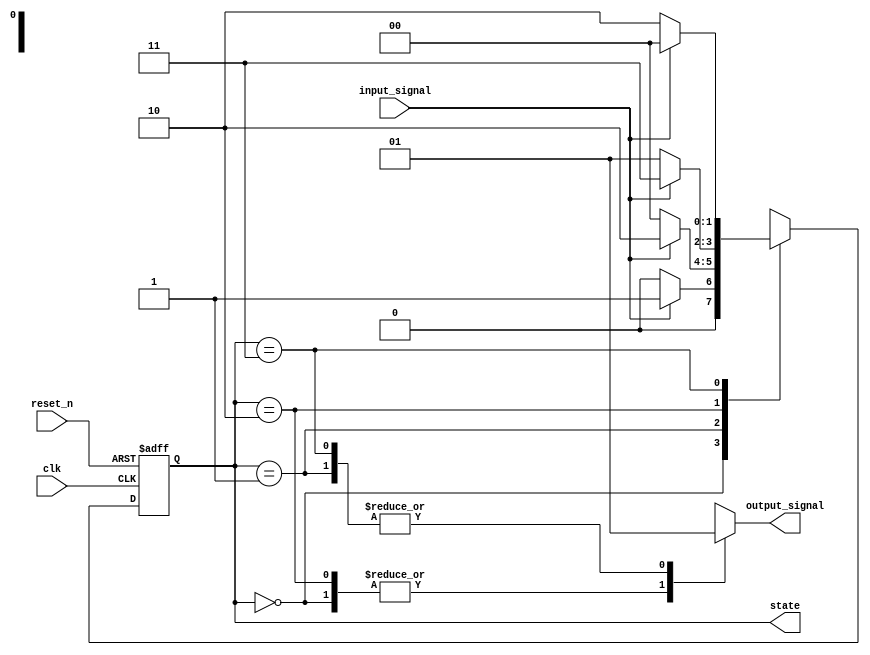
module moore_state_machine (
    input wire clk,              // Clock signal
    input wire reset_n,          // Active-low asynchronous reset
    input wire input_signal,      // Input signal for state transition
    output reg [1:0] state,      // Current state (2 bits for 4 states)
    output reg output_signal      // Output signal based on current state
);

    // State encoding
    localparam S0 = 2'b00; // State 0
    localparam S1 = 2'b01; // State 1
    localparam S2 = 2'b10; // State 2
    localparam S3 = 2'b11; // State 3

    // State transition logic
    always @(posedge clk or negedge reset_n) begin
        if (!reset_n) begin
            state <= S0; // Reset to state S0
        end else begin
            case (state)
                S0: if (input_signal) state <= S1;
                    else state <= S0;
                S1: if (input_signal) state <= S2;
                    else state <= S0;
                S2: if (input_signal) state <= S3;
                    else state <= S1;
                S3: if (input_signal) state <= S0;
                    else state <= S2;
                default: state <= S0; // Default state
            endcase
        end
    end

    // Output logic based on current state
    always @(*) begin
        case (state)
            S0: output_signal = 1'b0; // Output for state S0
            S1: output_signal = 1'b1; // Output for state S1
            S2: output_signal = 1'b0; // Output for state S2
            S3: output_signal = 1'b1; // Output for state S3
            default: output_signal = 1'b0; // Default output
        endcase
    end

endmodule